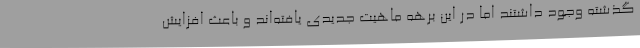
گذشته وجود داشتند اما در این برهه ماهیت جدیدی یافته‌اند و باعث افزایش